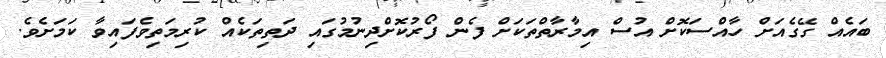
ބައެއް ގޭގެއަށް ހާއްސަކޮށް އުސް އިމާރާތްތަކަށް ފެން ފޯރުކޮށްދިނުމުގައި ދަތިތަކެއް ކުރިމަތިވެފައިވާ ކަމަށެވެ.